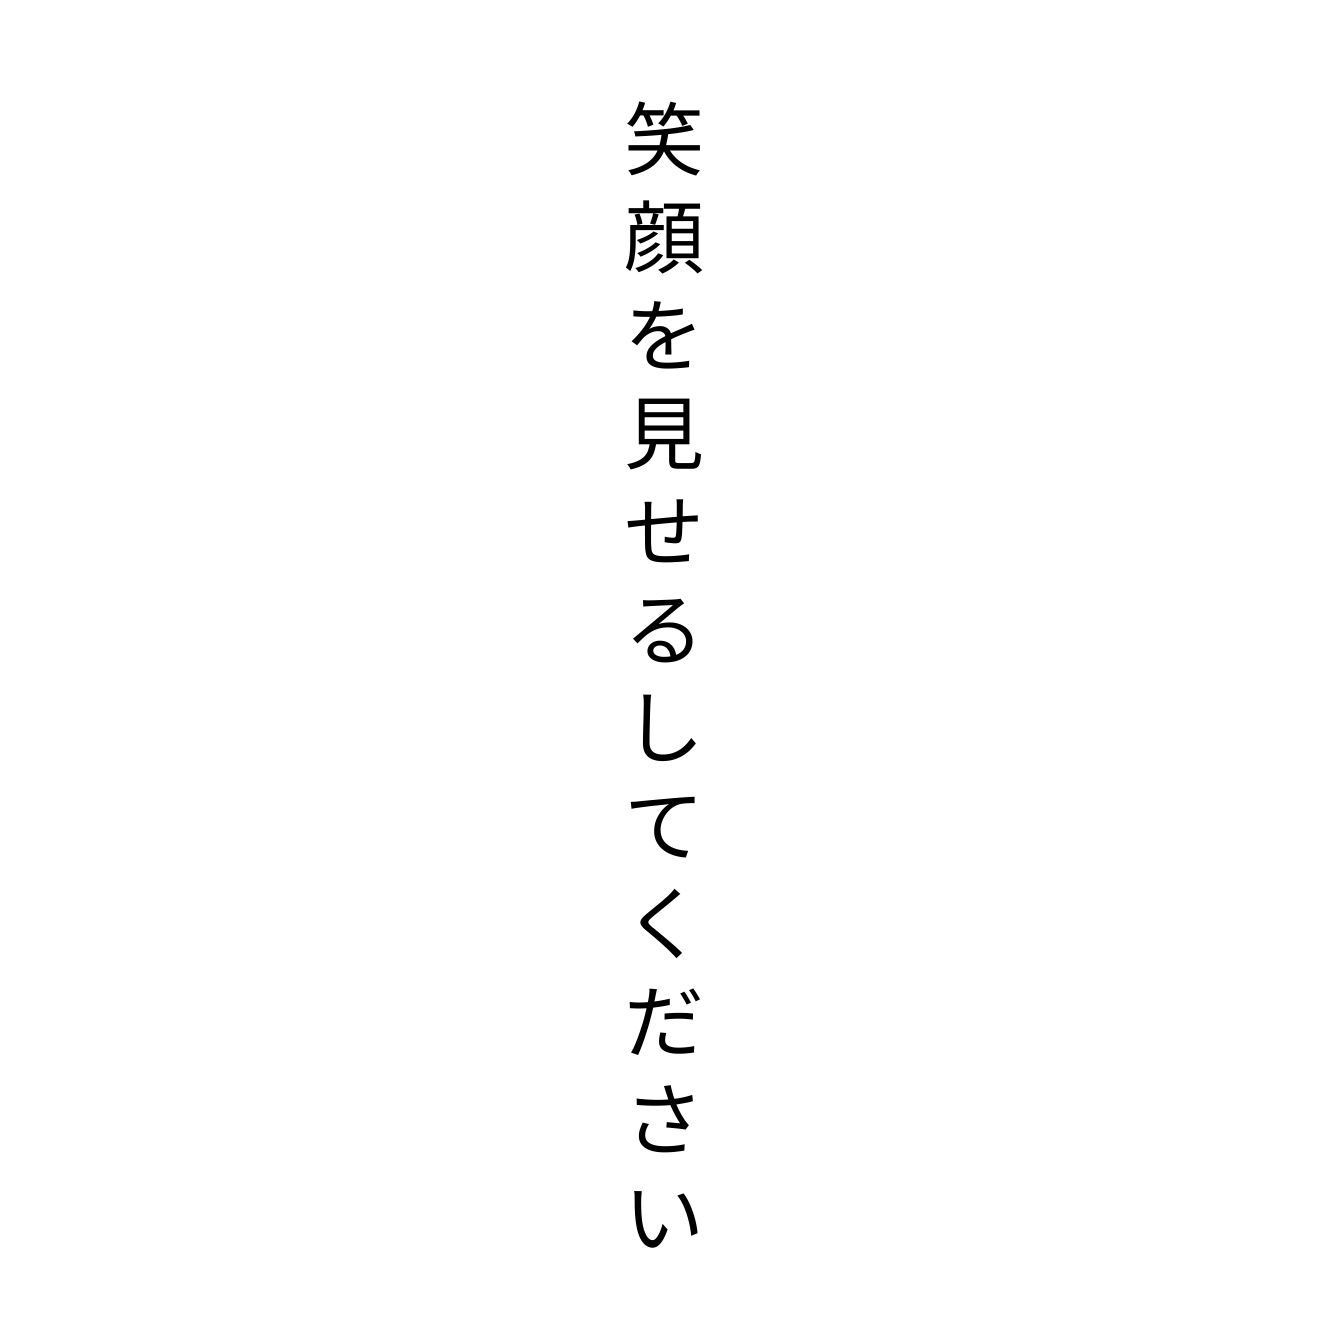
笑顔を見せるしてください